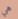
هي